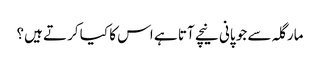
مارگلہ سے جو پانی نیچے آتا ہے اس کا کیا کرتے ہیں؟